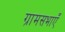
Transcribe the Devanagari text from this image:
ग्रामसभाएँ